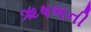
ૠષભની